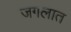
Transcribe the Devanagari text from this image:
जगलात